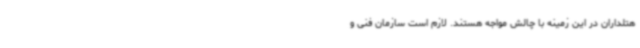
هتلداران در این زمینه با چالش مواجه هستند. لازم است سازمان فنی و